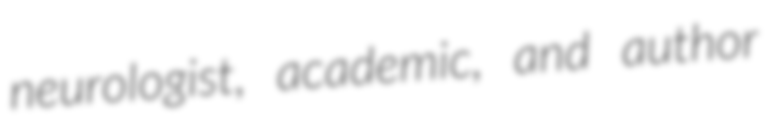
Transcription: neurologist, academic, and author